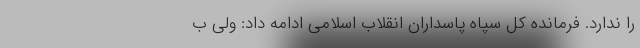
را ندارد. فرمانده کل سپاه پاسداران انقلاب اسلامی ادامه داد: ولی ب